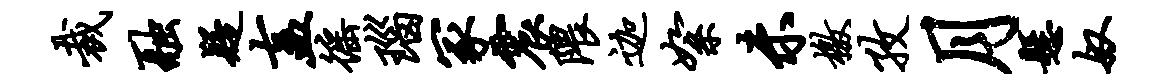
裁融疑盍徭瑙冢震隈迦絮未檄孜月悬奴